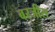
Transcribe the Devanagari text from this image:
बरजीस